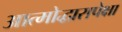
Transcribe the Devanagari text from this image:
आत्मोद्धारापेक्षा